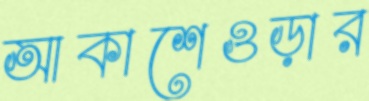
আকাশেওড়ার